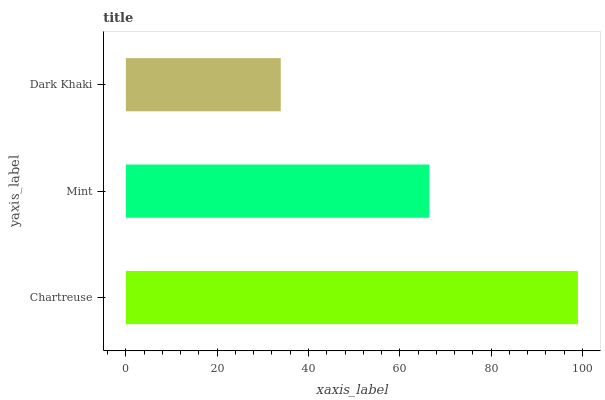
| yaxis_label | bars |
 | --- | --- |
 | Chartreuse | 99 |
 | Mint | 66.5 |
 | Dark Khaki | 33.9 |